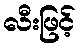
လီးဖြင့်